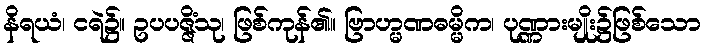
နိရယံ၊ ငရဲ၌။ ဥပပဇ္ဇိံသု၊ ဖြစ်ကုန်၏။ ဗြာဟ္မဏဓမ္မိက၊ ပုဏ္ဏားမျိုး၌ဖြစ်သော